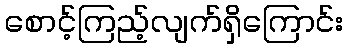
စောင့်ကြည့်လျက်ရှိကြောင်း